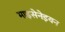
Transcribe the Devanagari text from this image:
माइसेनेइयन